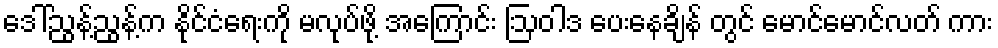
ဒေါ်ညွန့်ညွန့်က နိုင်ငံရေးကို မလုပ်ဖို့ အကြောင်း ဩဝါဒ ပေးနေချိန် တွင် မောင်မောင်လတ် ကား